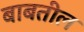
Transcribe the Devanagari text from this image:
बाबतील